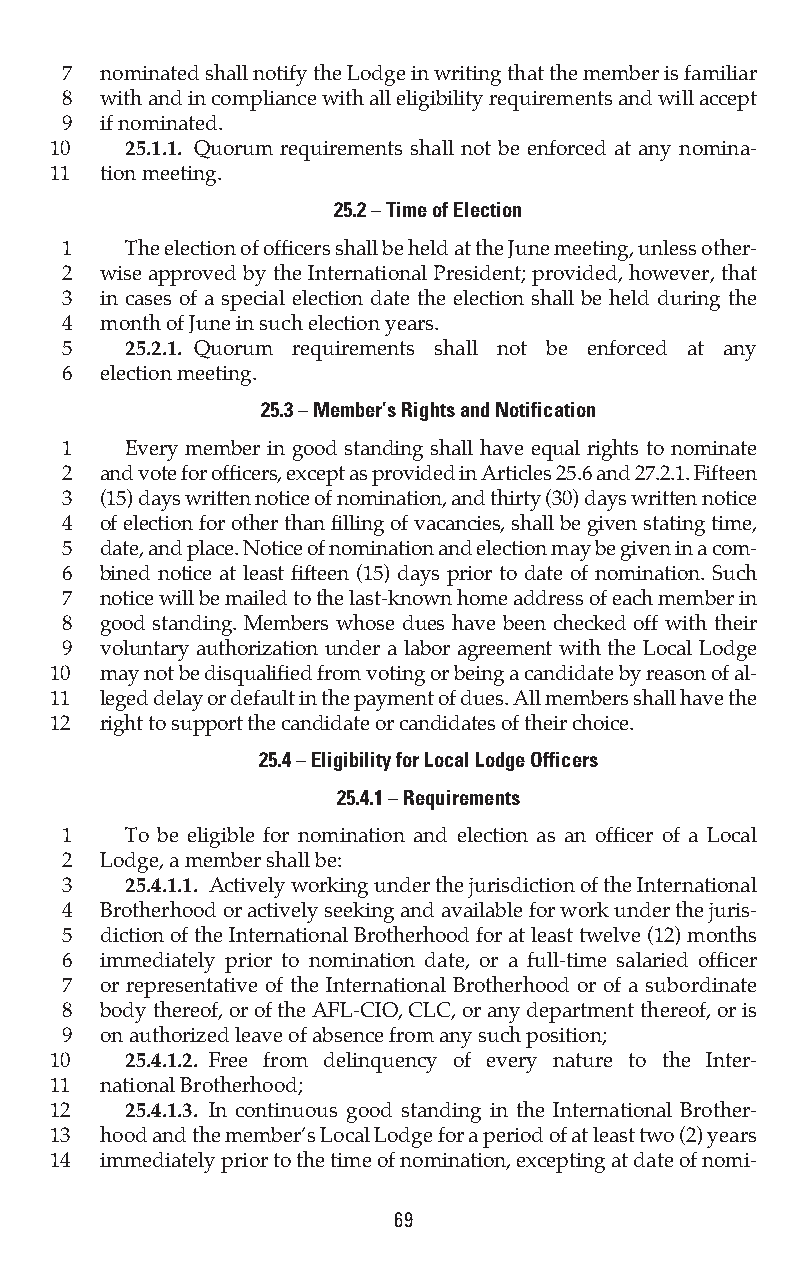
7  nominated shall notify the Lodge in writing that the member is familiar
 8  with and in compliance with all eligibility requirements and will accept
 9  if nominated.
 10   25.1.1. Quorum requirements shall not be enforced at any nomina-
 11  tion meeting.
 25.2 – Time of Election
 1   The election of officers shall be held at the June meeting, unless other-
 2  wise approved by the International President; provided, however, that
 3  in cases of a special election date the election shall be held during the
 4  month of June in such election years.
 5   25.2.1. Quorum requirements shall not be enforced at any
 6  election meeting.
 25.3 – Member’s Rights and Notification
 1   Every member in good standing shall have equal rights to nominate
 2  and vote for officers, except as provided in Articles 25.6 and 27.2.1. Fifteen
 3  (15) days written notice of nomination, and thirty (30) days written notice
 4  of election for other than filling of vacancies, shall be given stating time,
 5  date, and place. Notice of nomination and election may be given in a com-
 6  bined notice at least fifteen (15) days prior to date of nomination. Such
 7  notice will be mailed to the last-known home address of each member in
 8  good standing. Members whose dues have been checked off with their
 9  voluntary authorization under a labor agreement with the Local Lodge
 10  may not be disqualified from voting or being a candidate by reason of al-
 11  leged delay or default in the payment of dues. All members shall have the
 12  right to support the candidate or candidates of their choice.
 25.4 – Eligibility for Local Lodge Officers
 25.4.1 – Requirements
 1   To be eligible for nomination and election as an officer of a Local
 2  Lodge, a member shall be:
 3   25.4.1.1. Actively working under the jurisdiction of the International
 4  Brotherhood or actively seeking and available for work under the juris-
 5  diction of the International Brotherhood for at least twelve (12) months
 6  immediately prior to nomination date, or a full-time salaried officer
 7  or representative of the International Brotherhood or of a subordinate
 8  body thereof, or of the AFL-CIO, CLC, or any department thereof, or is
 9  on authorized leave of absence from any such position;
 10   25.4.1.2. Free from delinquency of every nature to the Inter-
 11  national Brotherhood;
 12   25.4.1.3. In continuous good standing in the International Brother-
 13  hood and the member’s Local Lodge for a period of at least two (2) years
 14  immediately prior to the time of nomination, excepting at date of nomi-
 69